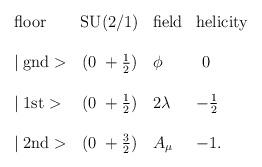
LaTeX: \begin{align*}\begin{array}{lcll}\mbox{floor} & \mbox{SU(2/1)} & \mbox{field} & \mbox{helicity} \\\\\mid \mbox{gnd}> & (0~+\frac{1}{2}) & \phi & ~0 \\\\\mid \mbox{1st}> & (0~+\frac{1}{2}) & 2\lambda & -\frac{1}{2} \\\\\mid \mbox{2nd}> & (0~+\frac{3}{2}) & A_\mu & -1.\\\end{array}\end{align*}